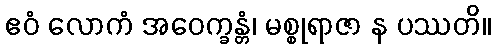
ဧဝံ လောကံ အဝေက္ခန္တံ၊ မစ္စုရာဇာ န ပဿတိ။